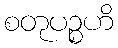
စတုပဉ္စဟိ